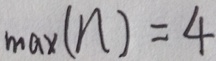
\max ( n ) = 4